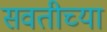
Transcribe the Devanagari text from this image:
सवतीच्या